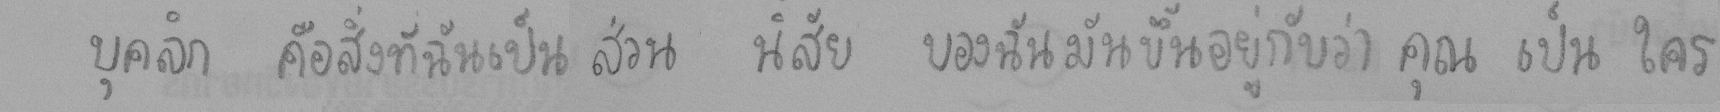
บุคลิก คือสิ่งที่ฉันเป็น ส่วน นิสัย ของฉันมันขึ้นอยู่กับว่า คุณ เป็น ใคร